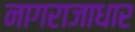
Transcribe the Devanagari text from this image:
नागराजाधार